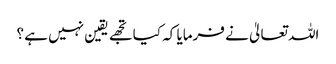
اللہ تعالیٰ نے فرمایا کہ کیا تجھے یقین نہیں ہے ؟